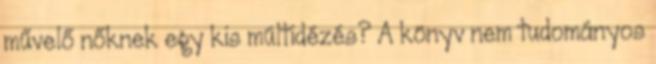
művelő nőknek egy kis múltidézés? A könyv nem tudományos